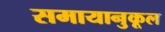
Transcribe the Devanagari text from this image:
समायानुकूल